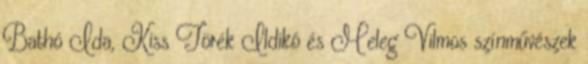
Bathó Ida, Kiss Törék Ildikó és Meleg Vilmos színművészek